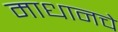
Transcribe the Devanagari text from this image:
माधानचे